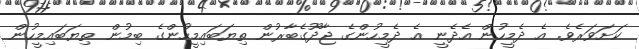
ކަށަވަރެވެ. އެ ދެމީހުން އެދެނީ އެ ދެމީހުންގެ ޖާދޫގެބާރުން ތިޔަބައިމީހުންގެ ބިމުން ތިޔަބައިމީހުން